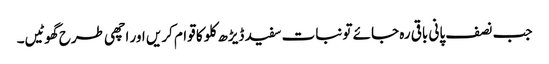
جب نصف پانی باقی رہ جائے تو نبات سفید ڈیڑھ کلو کا قوام کریں اور اچھی طرح گھوٹیں۔